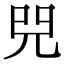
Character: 𠒅